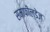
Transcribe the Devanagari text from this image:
समाफील्डेज़